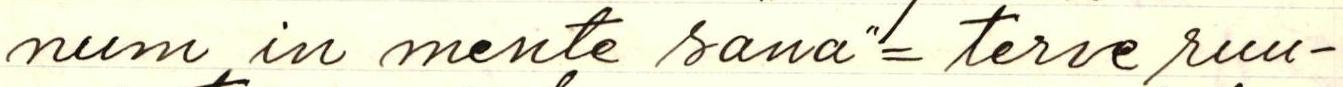
num in mente sana"= terve ruu-